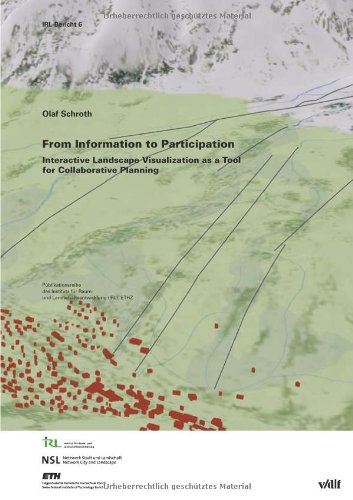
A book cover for From Information to Participation: Interactive Landscape Visualization as a Tool for Collaborative Planning (Publikationen des Instituts fur Raum- und ... (IRL) der ETH Zurich Band 6); Olaf Schroth; Politics & Social Sciences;